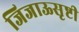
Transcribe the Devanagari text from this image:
जिजाऊसृष्टी